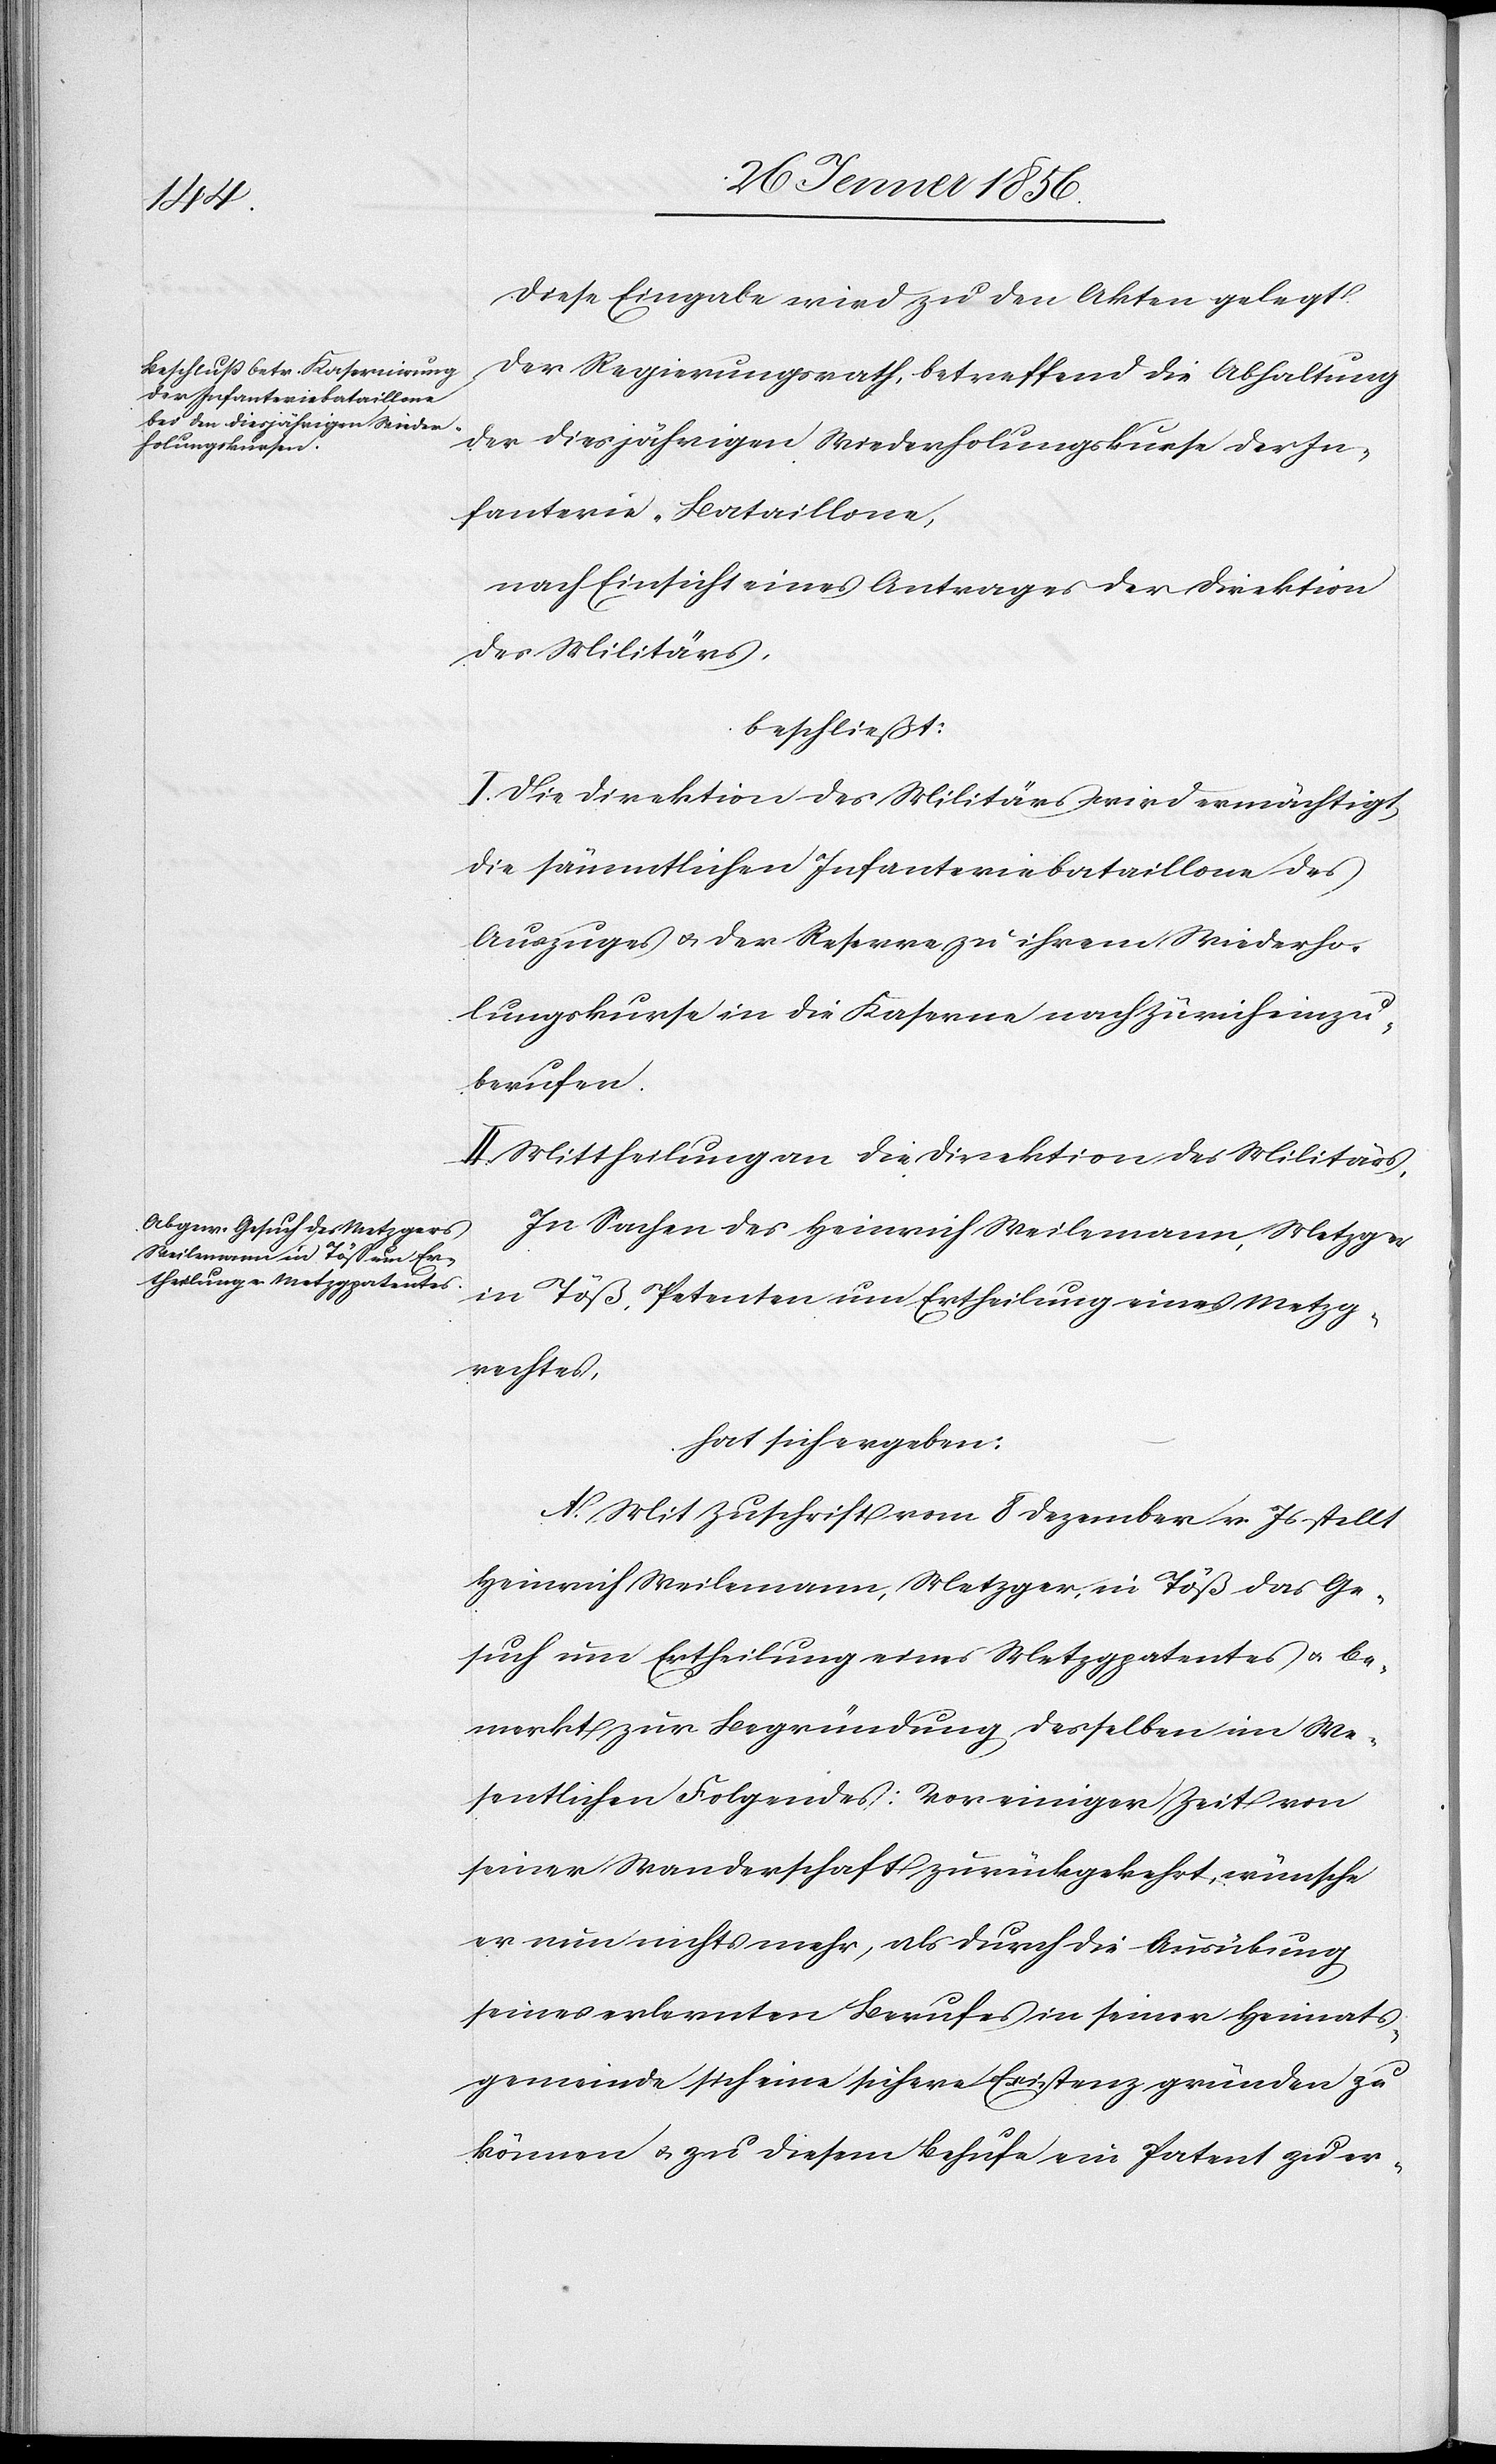
Diese Eingabe wird zu den Akten gelegt.
Der Regierungsrath, betreffend die Abhaltung
der diesjährigen Wiederholungskurse der In¬
fanterie-Bataillone,
nach Einsicht eines Antrages der Direktion
des Militärs,
beschließt:
I. Die Direktion des Militärs wird ermächtigt,
die sämmtlichen Infanteriebataillone des
Auszuges u. der Reserve zu ihrem Wiederho¬
lungskurse in die Kaserne nach Zürich einzu¬
berufen.
II. Mittheilung an die Direktion des Militärs.
In Sachen des Heinrich Weilemann, Metzger
in Töß, Petenten um Ertheilung eines Metzg¬
rechtes,
hat sich ergeben:
A. Mit Zuschrift vom 8 Dezember v. Js stellt
Heinrich Weilemann, Metzger, in Töß das Ge¬
such um Ertheilung eines Metzgpatentes u. be¬
merkt zur Begründung desselben im We¬
sentlichen Folgendes: Vor einiger Zeit von
seiner Wanderschaft zurückgekehrt, wünsche
er nun nicht mehr, als durch die Ausübung
seines erlernten Berufes in seiner Heimats¬
gemeinde sich eine sichere Existenz gründen zu
können u. zu diesem Behufe ein Patent zu er-